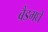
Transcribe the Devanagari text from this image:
बैंडमधे